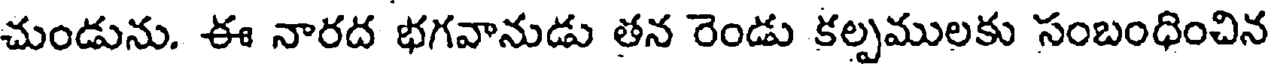
చుండును. ఈ నారద భగవానుడు తన రెండు కల్పములకు సంబంధించిన